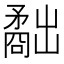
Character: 𥎐